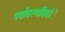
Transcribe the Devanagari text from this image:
पर्यावरणविदांे